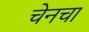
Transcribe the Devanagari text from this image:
चेनचा